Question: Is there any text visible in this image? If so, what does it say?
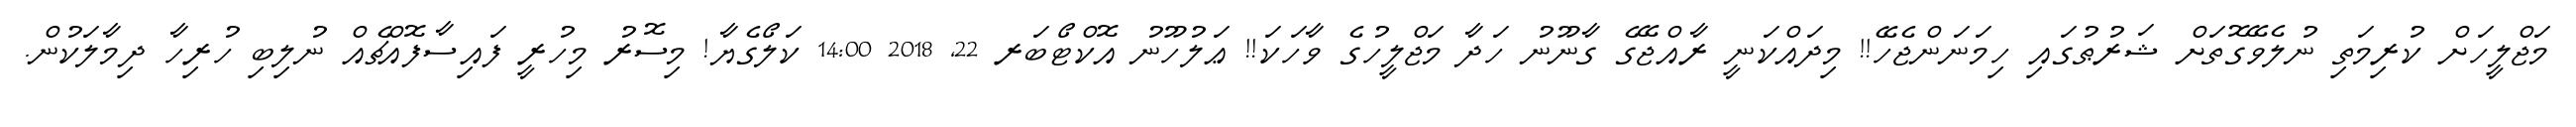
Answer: މަޖްލީހަށް ކުރިމަތި ނުލެވޭގޮތަށް ޝަރުޠުގައި ހިމަނަންޖެހޭ!! މިދައްކަނީ ރާއްޖޭގެ ގާނޫނު ހަދާ މަޖްލީހުގެ ވާހަކަ!! ޢަލުހޫނު އޮކްޓޯބަރ 22, 2018 14:00 ކަލޯގެޔާ! މިސޮރު މިހުރީ ފައިސާފޮއްޗެއް ނުލިބި ހުރިހާ ދިމާލަކުން.